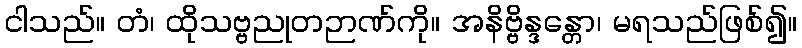
ငါသည်။ တံ၊ ထိုသဗ္ဗညုတဉာဏ်ကို။ အနိဗ္ဗိန္ဒန္တော၊ မရသည်ဖြစ်၍။